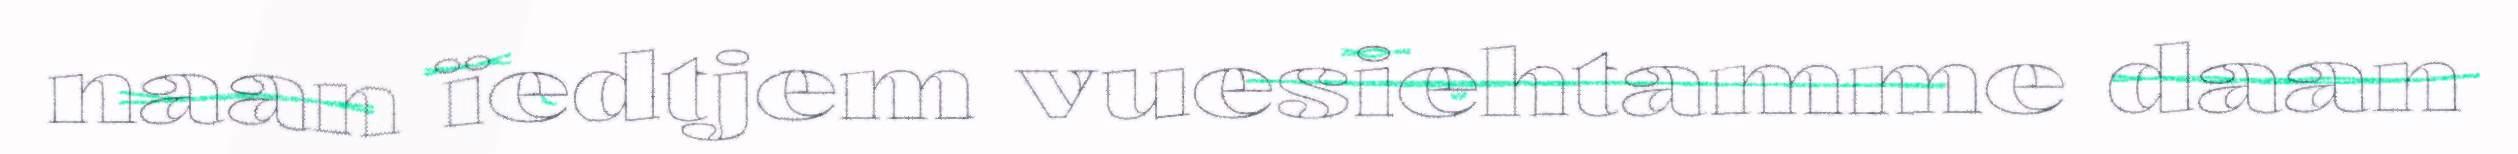
naan ïedtjem vuesiehtamme daan